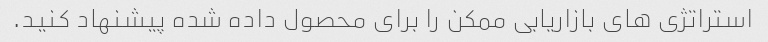
استراتژی های بازاریابی ممکن را برای محصول داده شده پیشنهاد کنید.